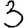
Digit: 3